Vabadussoja_Ajaloo_Komitee, lk 5
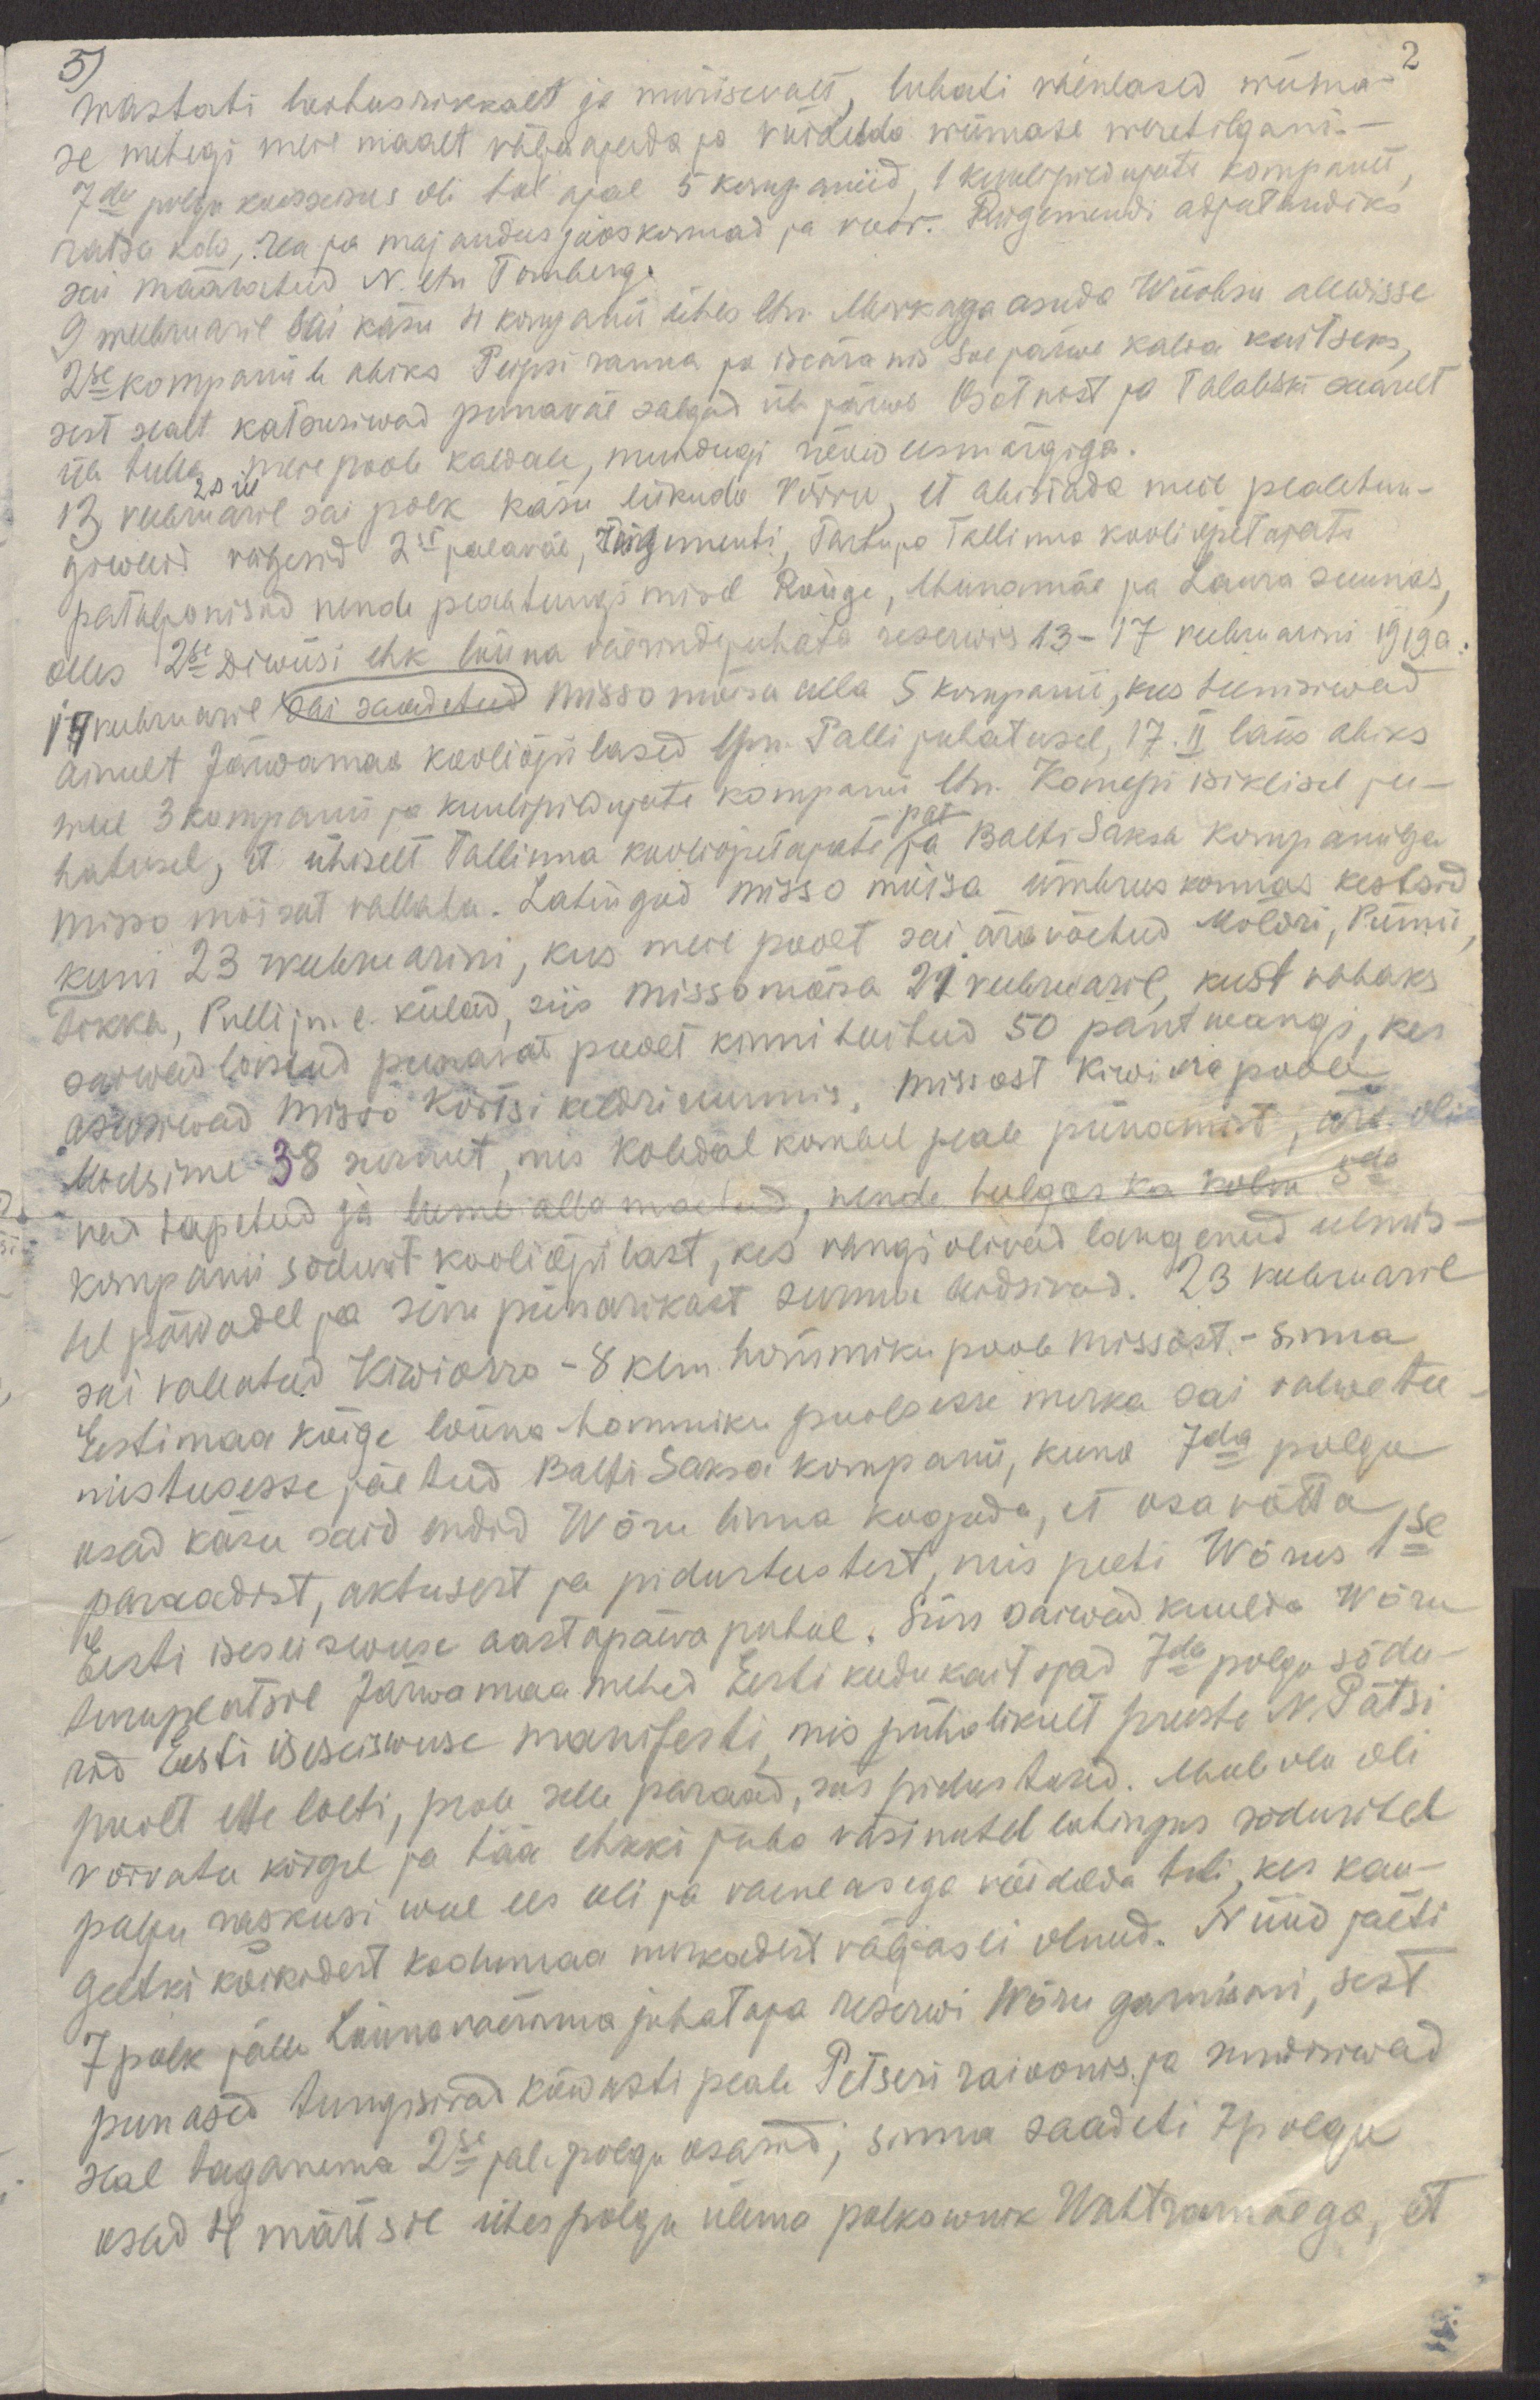
5)
2
wastati lootusrikkalt ja mürisevalt, lubati vaenlased wiima-
se mehegi meie maalt väljaajada ja võidelda wiimase weretilgani. -
7da polgu koosseisus oli tol ajal 5 kompaniid, 1 kuulipildujate kompanii,
ratsa kdo, rea ja majandus jaoskonnad ja voor. Rügemendi adjutandiks
sai määratud N. ltn. Tomberg.
9 weebruaril sai käsu 4 kompanii ühes ltn. Mirkaga asuda Wõõbsu alewisse
2se kompaniile abiks Peipsi ranna ja iseäranis Soe järwe kalda kaitseks,
sest sealt katsusiwad punaväe salgad üle järwe Osotnost ja Talabski saarelt
üle tulla, meie poole kaldale, muidugi ründe eesmärgiga.
13 veebruaril sai polk käsu liikuda Võrru, et abistada meie pealetun-
giwaid vägesid 2se jalaväe, rügementi, Tartu ja Tallinna kooliõpetajate
pataljonisid nende pealetungimisel Rõuge, Munamäe ja Laura suunas,
olles 2se Diwiisi ehk lõuna väerindejuhata reserwis 13-17 veebruarini 1919a.
17 veebruaril sai saadetud Misso mõisa alla 5. kompanii, kus teenisiwad
ainult Järwamaa kooliõpilased lpn. Palli juhatusel, 17. II läks abiks
weel 3 kompanii ja kuulipildujate kompanii ltn. Kanepi isiklisel ju-
hatusel, et ühiselt Tallinna kooliõpetajate ja Balti Saksa kompaniiga
pat
Misso mõisat vallata. Lahingud Misso moisa ümbruskonnas kestsid
kuni 23 weebruarini, kus meie poolt sai äravõetud Möldri, Pünni
Tokka, Pulli jn.e külad, siis Missomõisa 21 veebruaril, kust vabaks
saiwad lastud punasat poolt kinni hoitud 50 pantwangi, kes
asusiwad Misso kõrtsi keldriruumis, Missost Kiwiora poole
Madsime 38 surnut, mis koledal kombel peale piinamist, ära oli-
vad tapetud ja lume alla maetud, nende hulgas ka kolm 5da
kompanii sõdurit- kooliõpilast, kes vangi olivad langenud eelmis-
tel päwadel ja siin piinarikast surma leidsivad. 23 veebruaril
sai vallutud Kiwiorro - 8 klm hommiku poole Missost - sinna
Eestimaa kõige lõuna-hommiku poolsesse nurka sai valwetee-
nistusesse jäetud Balti Saksa kompanii, kuna 7da polgu
osad käsu said endid Wõru linna koguda, et osa võtta
paraadist, aktusest ja pidustustest, mis peeti Wõrus 1se
Eesti iseseiswuse aastapäewa puhul. Siin saiwad kuulda Wõru
linaplatsil Järwamaa mehed Eesti kodukaitsjad 7da polgu sõdu-
rid Eesti iseseiswuse manifesti, mis pühalikult preiste N. Pätsi
poolt ette loeti, peale selle paraad, siis pidustused. Meeleolu oli
võrratu kõigil ja hää ehkki juba väsinutel lahingus sõduritel
palju raskusi weel ees oli ja vaenlasega võidelda tuli, kes kau-
geltki kõikidest kodumaa nurkadest väljas ei olnud. Nüüd jäeti
7 polk jälle Lõunaväerinna juhataja reserwi Wõru garnisoni, sest
punased tungisiwad kõwasti peale Petseri raioonis ja sundisiwad
seal taganema 2se jal. polgu osasid;  sinna saadeti 7 polgu
osad 4 märtsil ühes polgu ülema polkownik Wahtramäega, et